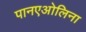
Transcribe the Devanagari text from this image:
पानएओलिना